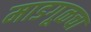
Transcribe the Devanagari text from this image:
माडगूळचा